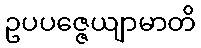
ဥပပဇ္ဇေယျာမာတိ